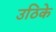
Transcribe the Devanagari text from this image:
उठिके